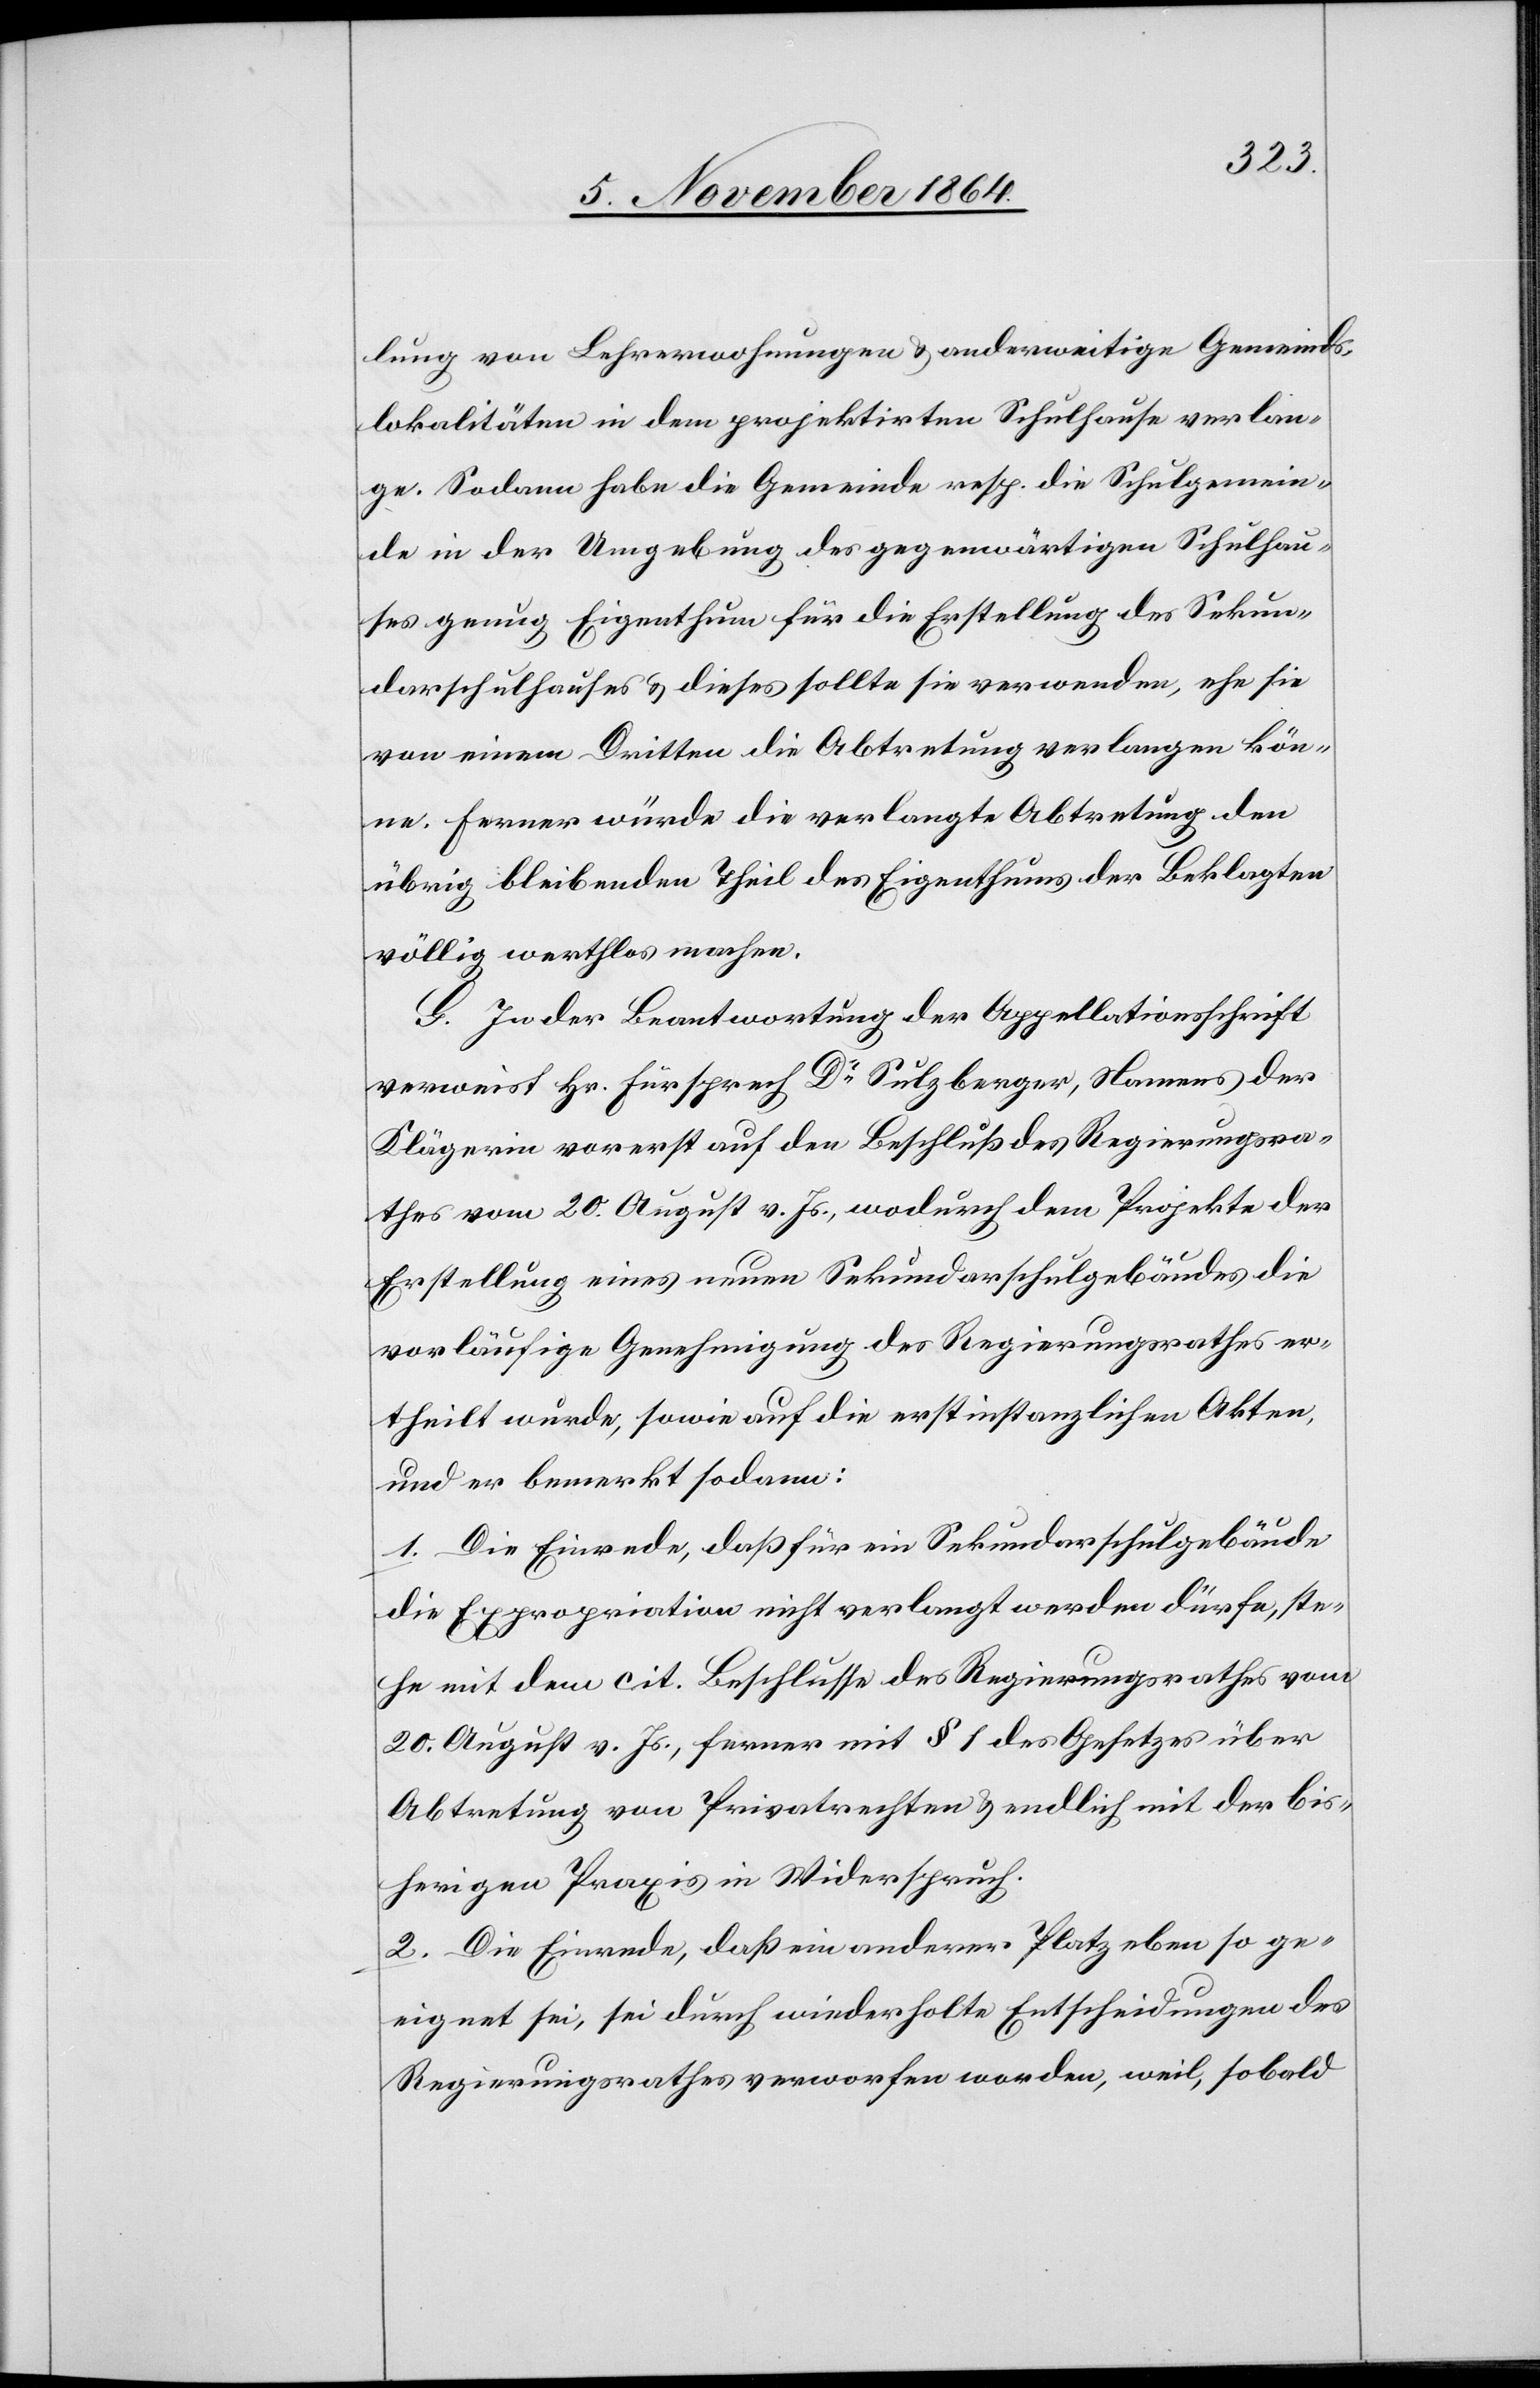
lung von Lehrerwohnungen & anderweitige Gemeinds¬
lokalitäten in dem projektirten Schulhause verlan¬
ge. Sodann habe die Gemeinde resp. die Schulgemein¬
de in der Umgebung des gegenwärtigen Schulhau¬
ses genug Eigenthum für die Erstellung des Sekun¬
darschulhauses & dieses sollte sie verwenden, ehe sie
von einem Dritten die Abtretung verlangen kön¬
ne. Ferner würde die verlangte Abtretung den
übrig bleibenden Theil des Eigenthums der Beklagten
völlig werthlos machen.
G. In der Beantwortung der Appellationsschrift
verweist Hr. Fürsprech Dr Sulzberger, Namens der
Klägerin vorerst auf den Beschluß des Regierungsra¬
thes vom 20. August v. Js., wodurch dem Projekte der
Erstellung eines neuen Sekundarschulgebäudes die
vorläufige Genehmigung des Regierungsrathes er¬
theilt wurde, sowie auf die erstinstanzlichen Akten
und er bemerkt sodann:
1. Die Einrede, daß für ein Sekundarschulgebäude
die Expropriation nicht verlangt werden dürfe, ste¬
he mit dem cit. Beschlusse des Regierungsrathes vom
20. August v. Js., ferner mit § 1 des Gesetzes über
Abtretung von Privatrechten & endlich mit der bis¬
herigen Praxis in Widerspruch.
2. Die Einrede, daß ein anderer Platz eben so ge¬
eignet sei, sei durch wiederholte Entscheidungen des
Regierungsrathes verworfen worden, weil, sobald